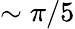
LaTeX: \sim\pi/5